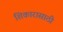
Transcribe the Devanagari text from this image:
शिकारासाठी